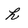
Character: h